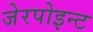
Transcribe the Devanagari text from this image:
जेरपोइन्ट